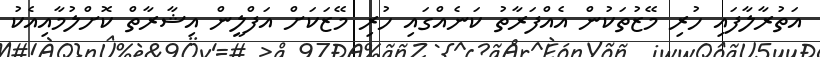
އަތުރާލާފައި ހުރި މޭޒުތަކުން އެއްފަރާތު ކަނެއްގައި ހުރި މޭޒަކަށް އަފްލީން އިޝާރާތް ކޮށްލުމާއިއެކު